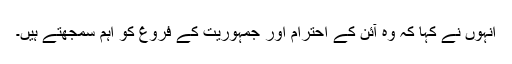
انہوں نے کہا کہ وہ آئن کے احترام اور جمہوریت کے فروغ کو اہم سمجھتے ہیں۔